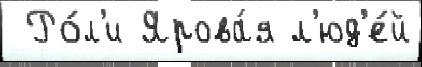
 Ро́л'и Ярова́я л'юд'е́й